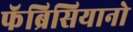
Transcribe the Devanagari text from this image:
फॅब्रिसियानो